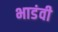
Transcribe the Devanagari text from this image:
भाडंवी